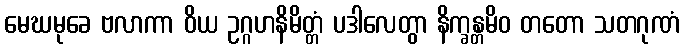
မေဃမုခေ ဗလာကာ ဝိယ ဥဂ္ဂဟနိမိတ္တံ ပဒါလေတွာ နိက္ခန္တမိဝ တတော သတဂုဏံ